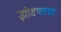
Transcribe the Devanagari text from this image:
झोडपतात